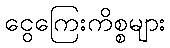
ငွေကြေးကိစ္စများ